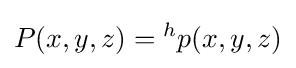
P(x,y,z)={}^{h}p(x,y,z)